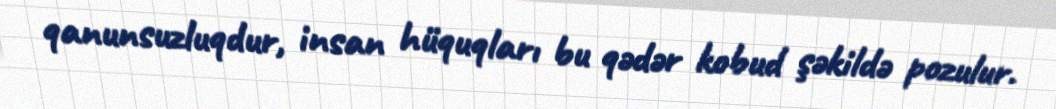
qanunsuzluqdur, insan hüquqları bu qədər kobud şəkildə pozulur.